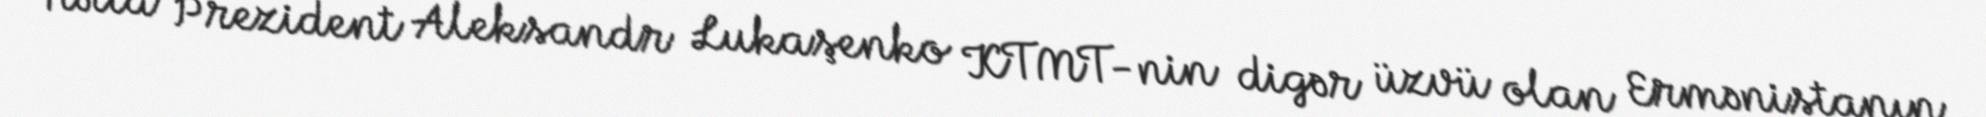
Hətta Prezident Aleksandr Lukaşenko KTMT-nin digər üzvü olan Ermənistanın